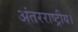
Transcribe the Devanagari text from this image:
अंतरराष्ट्रीय।